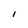
Character: I